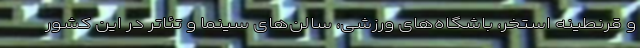
و قرنطینه استخر، باشگاه‌های ورزشی، سالن‌های سینما و تئاتر در این کشور